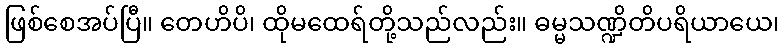
ဖြစ်စေအပ်ပြီ။ တေဟိပိ၊ ထိုမထေရ်တို့သည်လည်း။ ဓမ္မသဏ္ဍိတိပရိယာယေ၊